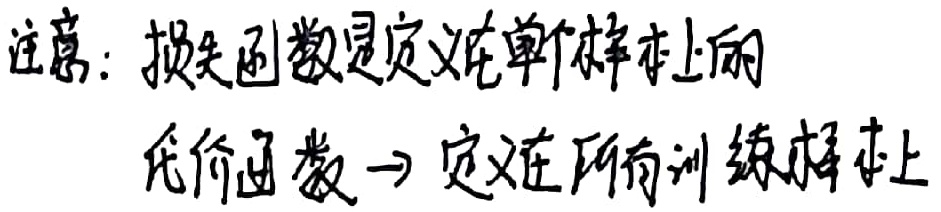
注意：损失函数是定义在单个样本上的，代价函数定义在所有训练样本上。
损失函数：单个样本
代价函数：所有训练样本